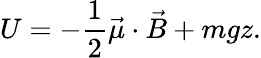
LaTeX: U=-\frac{1}{2}\vec{\mu}\cdot\vec{B}+mgz.